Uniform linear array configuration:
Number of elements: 24
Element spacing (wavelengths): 0.5
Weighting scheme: hamming
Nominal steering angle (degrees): -45
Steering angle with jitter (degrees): -46.184
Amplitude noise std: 0.05
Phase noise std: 0.05

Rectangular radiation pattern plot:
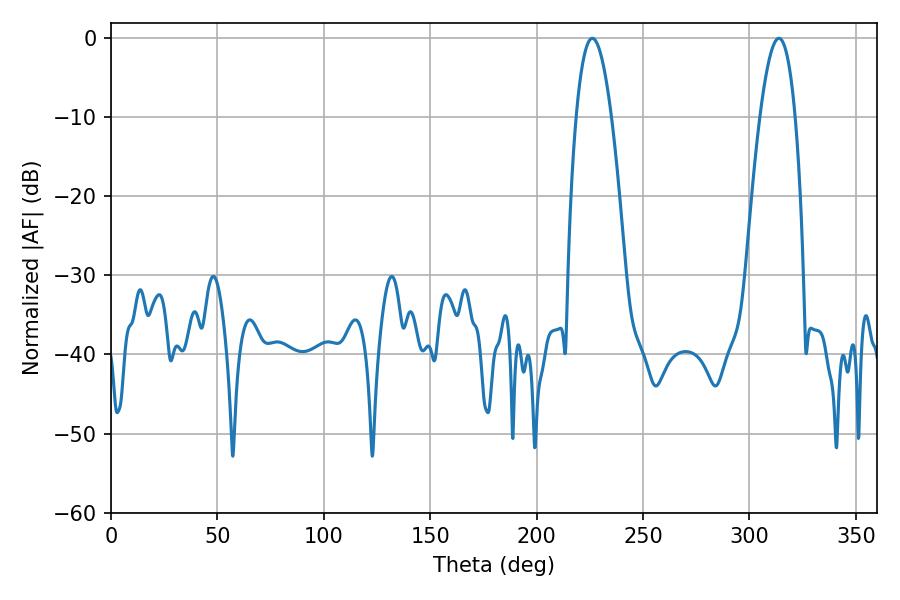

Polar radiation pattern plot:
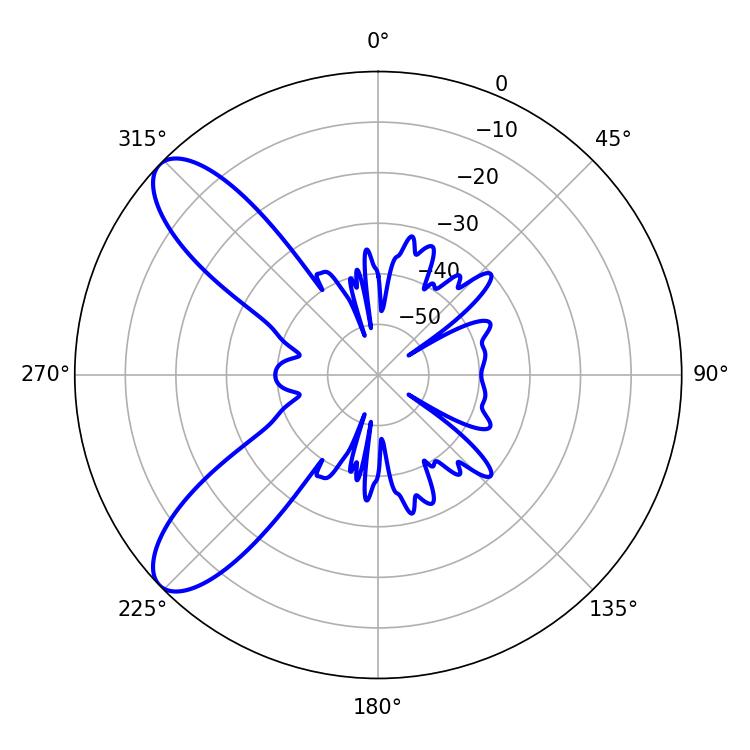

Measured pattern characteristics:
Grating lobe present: FALSE
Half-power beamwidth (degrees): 9.18
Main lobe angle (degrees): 226.08